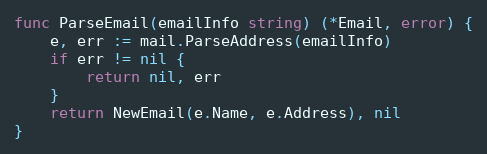
Language: Go
func ParseEmail(emailInfo string) (*Email, error) {
	e, err := mail.ParseAddress(emailInfo)
	if err != nil {
		return nil, err
	}
	return NewEmail(e.Name, e.Address), nil
}